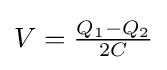
{\textstyle V={\frac {Q_{1}-Q_{2}}{2C}}}